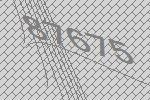
87675